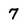
Character: 7